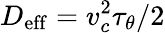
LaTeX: D_{\mathrm{eff}}=v_{c}^{2}\tau_{\theta}/2